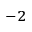
^ { - 2 }